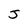
Character: J